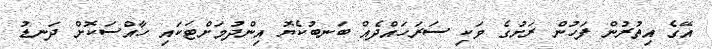
އޭގެ އިތުރުން ފަހުން ރަށުގެ ވަކި ސަރަހައްދެއް ބަނބުކެޔޮ އިންދުމަށްޓަކައި ހާއްސަކޮށް ދަނޑު